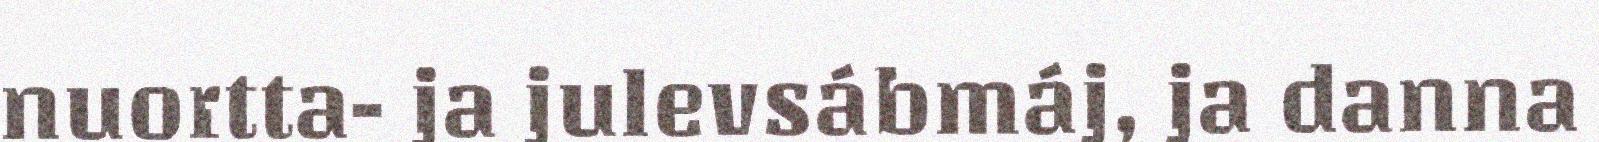
nuortta- ja julevsábmáj, ja danna